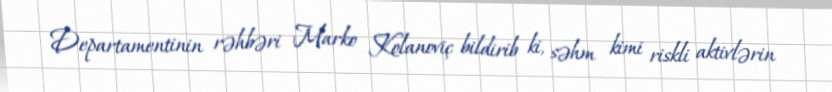
Departamentinin rəhbəri Marko Kolanoviç bildirib ki, səhm kimi riskli aktivlərin